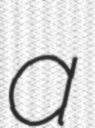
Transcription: a